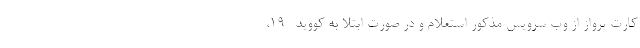
کارت پرواز از وب سرویس مذکور استعلام و در صورت ابتلا به کووید- ۱۹،